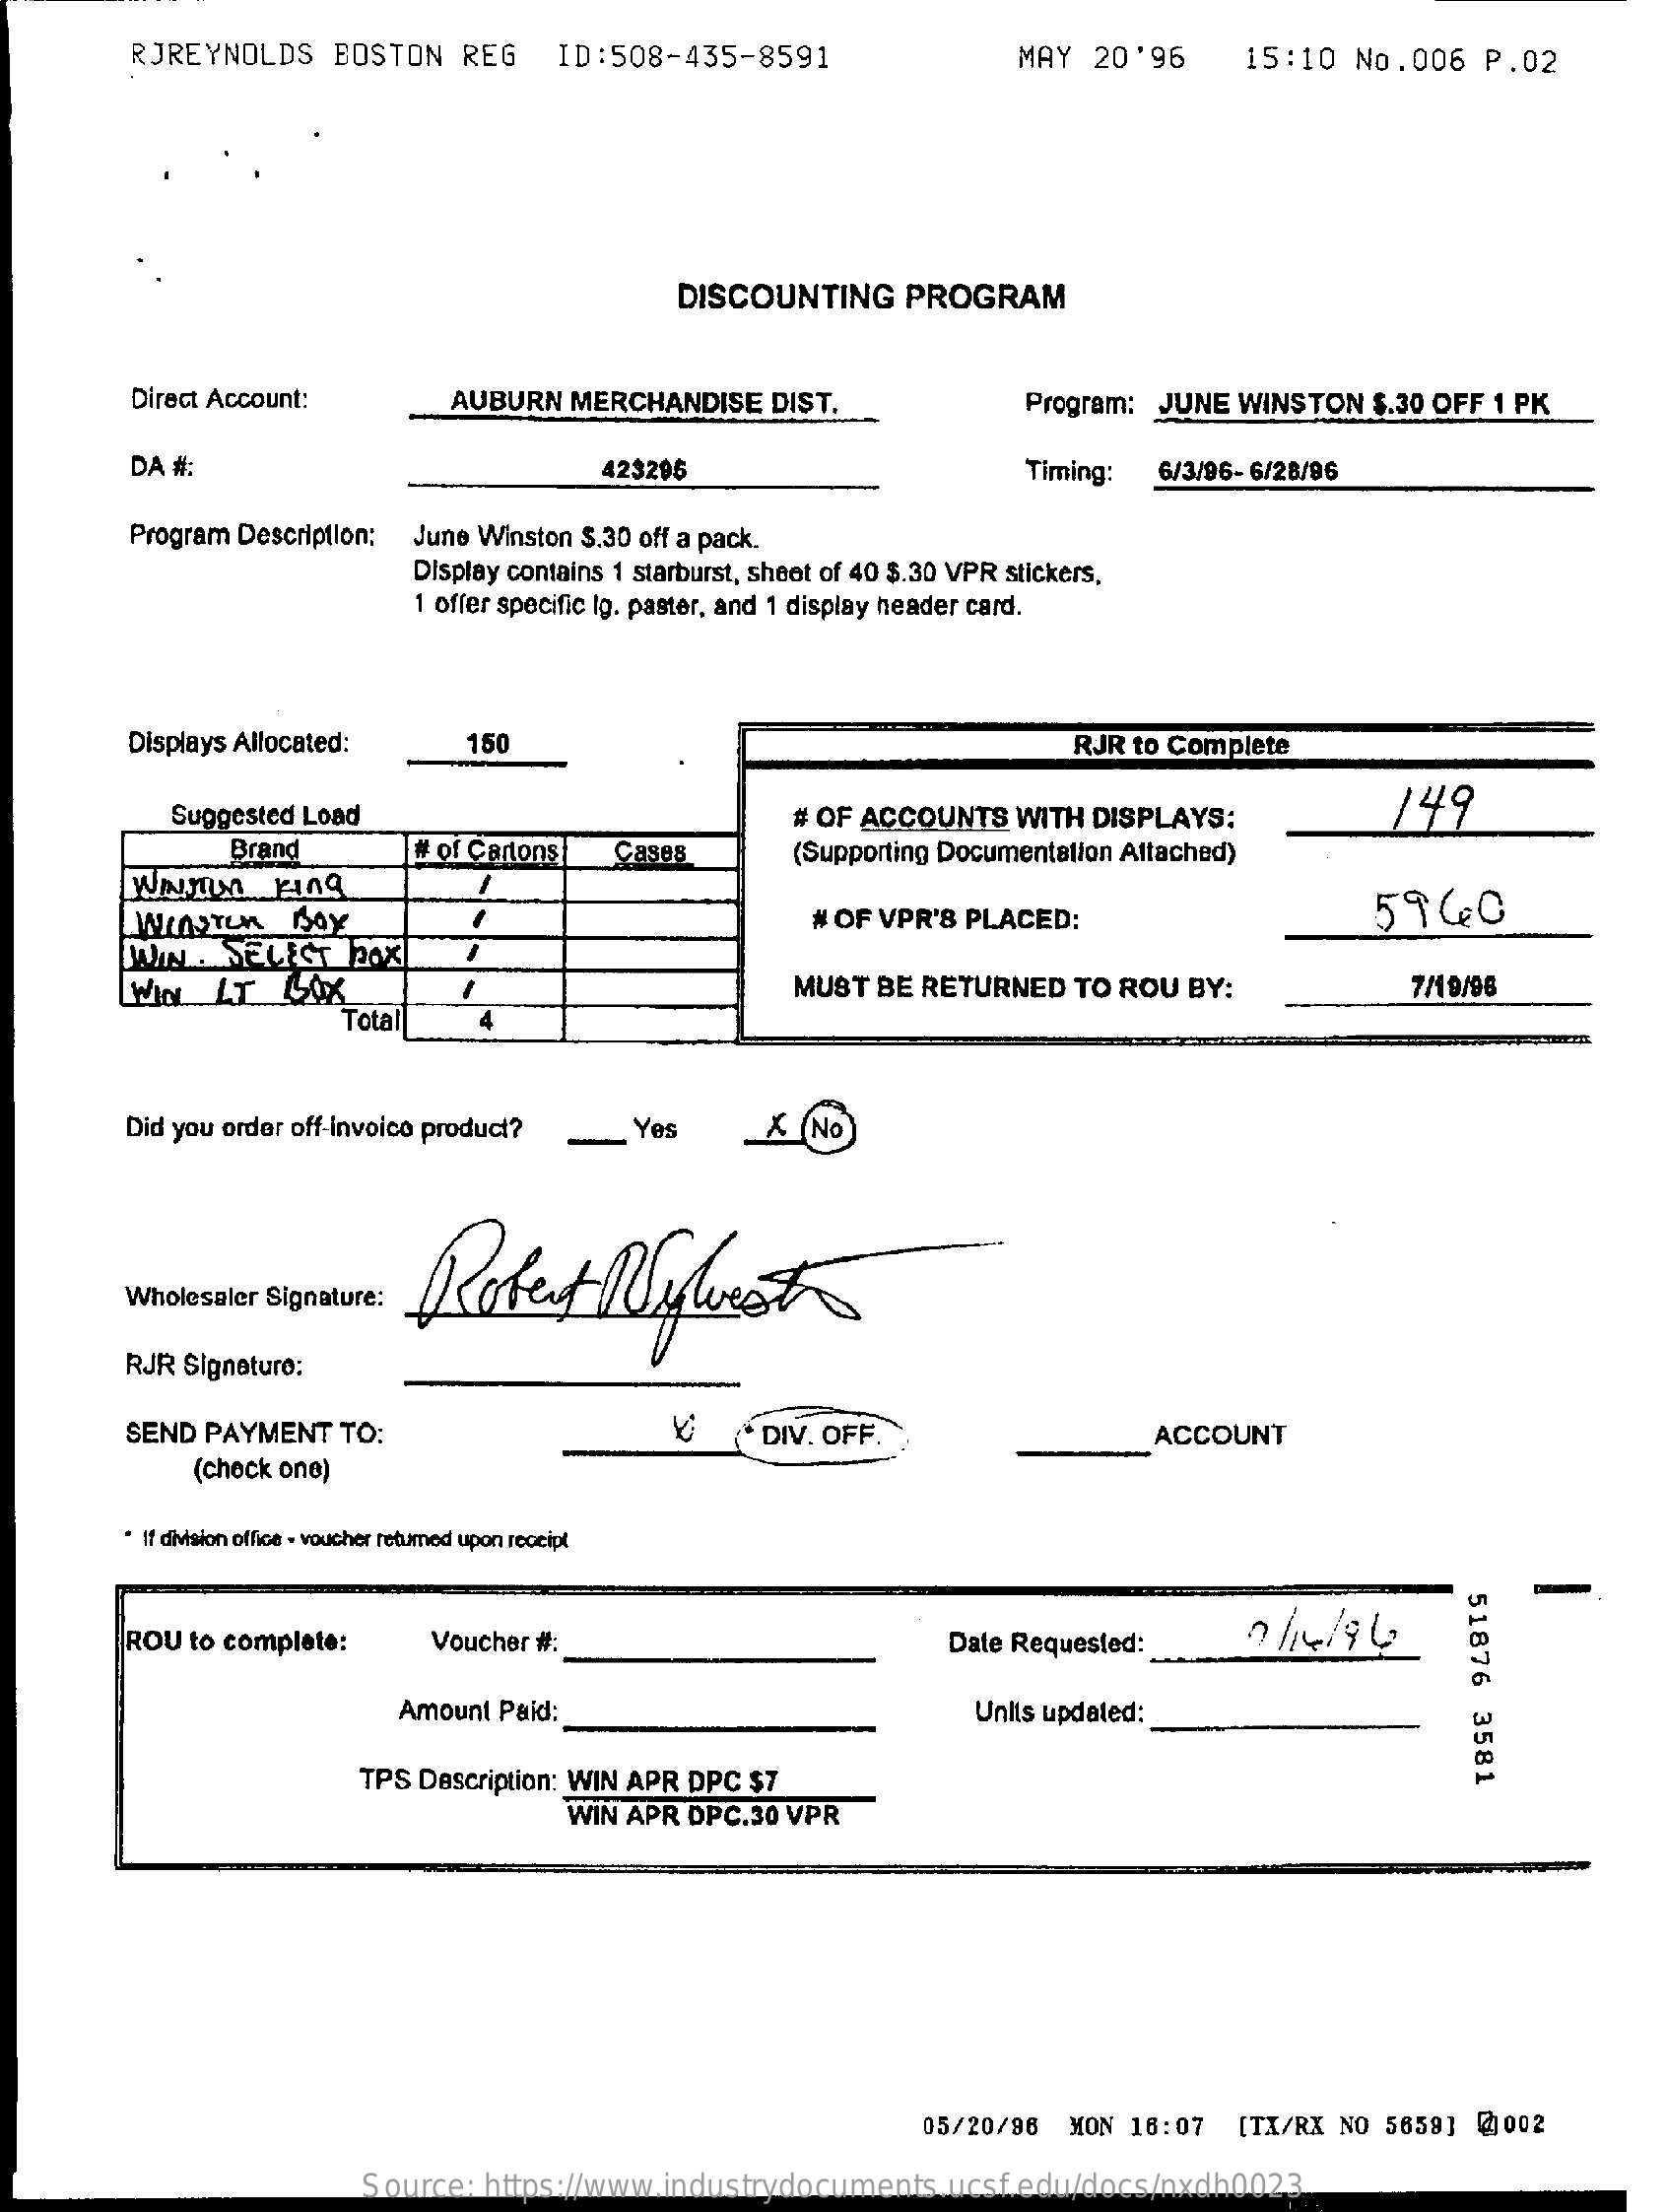
RJREYNOLDS BOSTON REG ID:508-435-8591    MAY 20'96 15:10 No.006 P.02
     DISCOUNTING PROGRAM
     Direct Account: AUBURN MERCHANDISE DIST. Program: JUNE WINSTON $.30 OFF 1 PK
     DA #:    423295    Timing: 6/3/96- 6/28/96
     Program Description: June Winston S.30 off a pack.
     Display contains 1 starburst, shoot of 40 $.30 VPR stickers,
     1 offer specific Ig. paster, and 1 display header card.
     Displays Allocated: 150    RJR to Complete
     Suggested Load    # OF ACCOUNTS WITH DISPLAYS: 149
     Brand   # of Cartons Cases (Supporting Documentation Attached)
     WINSTen BOX    # OF VPR'S PLACED:    5940
     WWW . SELECT box
     MUST BE RETURNED TO ROU BY: 7/19/96
     Total
     Did you order off-invoice product? Yes X (NO
     Robert  Nywest Wholesaler Signature:
     RJR Signeture:
     SEND PAYMENT TO:    DIV. OFF.    ACCOUNT
     (check one)
     . If division office . voucher returned upon receipt
     51876
     3581
     ROU to complete: Voucher #:    Date Requested: 7/14/96
     Amount Paid:    Units updated:
     TPS Description: WIN APR DPC $7
     WIN APR DPC.30 VPR
     05/20/96 MON 16:07 [TX/RX NO 5659] @ 002
     Source: https://www.industrydocuments.ucsf.edu/docs/nxdh0023